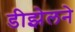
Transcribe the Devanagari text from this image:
डीझेलने